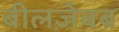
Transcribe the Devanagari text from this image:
बीलज़ेबब